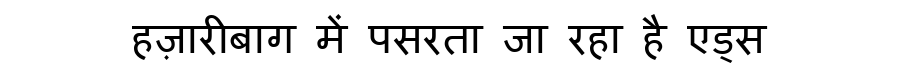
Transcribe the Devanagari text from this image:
हज़ारीबाग में पसरता जा रहा है एड्स